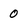
Character: 0